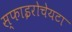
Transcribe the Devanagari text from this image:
स्फाइरोचेयटा